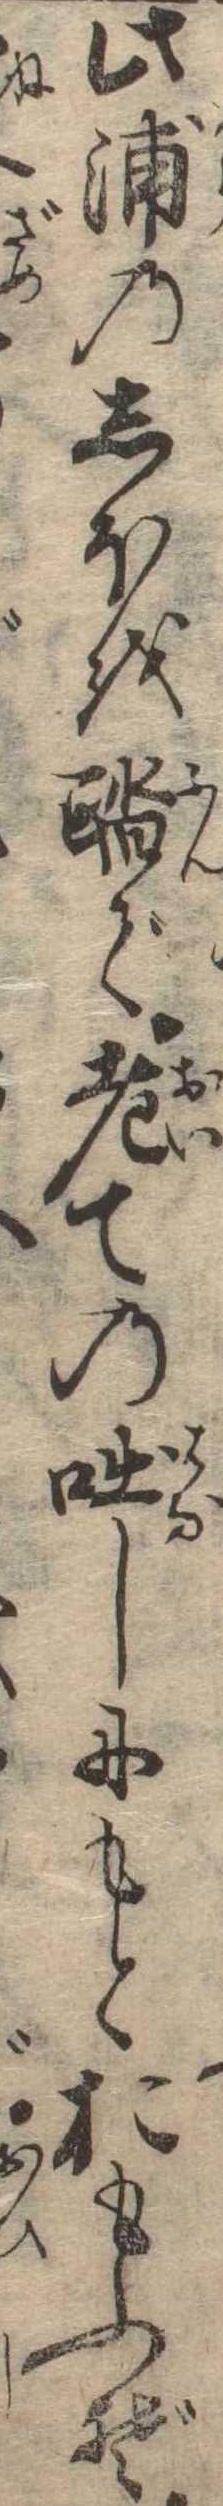
此浦のしほを踏で老ての咄しにもとおもふぞ